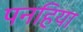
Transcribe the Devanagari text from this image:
पनहिया